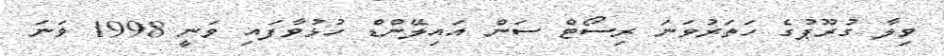
ވިލާ ގުރޫޕުގެ ހަތަރުވަނަ ރިސޯޓް ސަން އައިލޭންޑް ހުޅުވާފައި ވަނީ 1998 ވަނަ